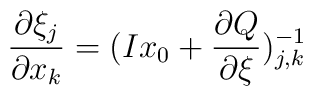
\frac {\partial \xi_{j}}{\partial x_{k}}=(Ix_0+\frac {\partial Q}{\partial \xi})^{-1}_{j,k}